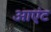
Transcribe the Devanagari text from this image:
आएंट